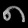
Digit: ၈